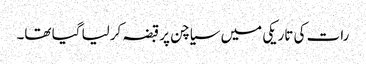
رات کی تاریکی میں سیاچن پر قبضہ کرلیا گیا تھا۔